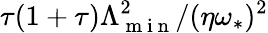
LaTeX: \tau(1+\tau)\Lambda_{\mathrm{~m~i~n~}}^{2}/(\eta\omega_{\ast})^{2}